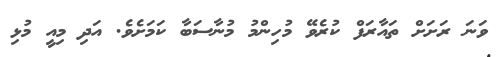
ވަނަ ރަށަށް ތައާރަފް ކުރެވޭ މުހިންމު މުނާސަބާ ކަމަށެވެ. އަދި މިއީ މުޅި